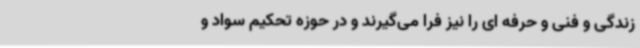
زندگی و فنی و حرفه ای را نیز فرا می‌گیرند و در حوزه تحکیم سواد و